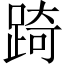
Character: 踦